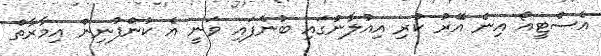
އެސްޓީއޯ އިން އޭރު ކުރި އިއުލާނުގައި ބުނެފައި ވަނީ އެ ކުންފުނިން އިމާރާތް